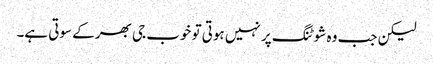
لیکن جب وہ شوٹنگ پر نہیں ہوتی تو خوب جی بھر کے سوتی ہے۔